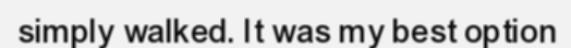
simply walked. It was my best option